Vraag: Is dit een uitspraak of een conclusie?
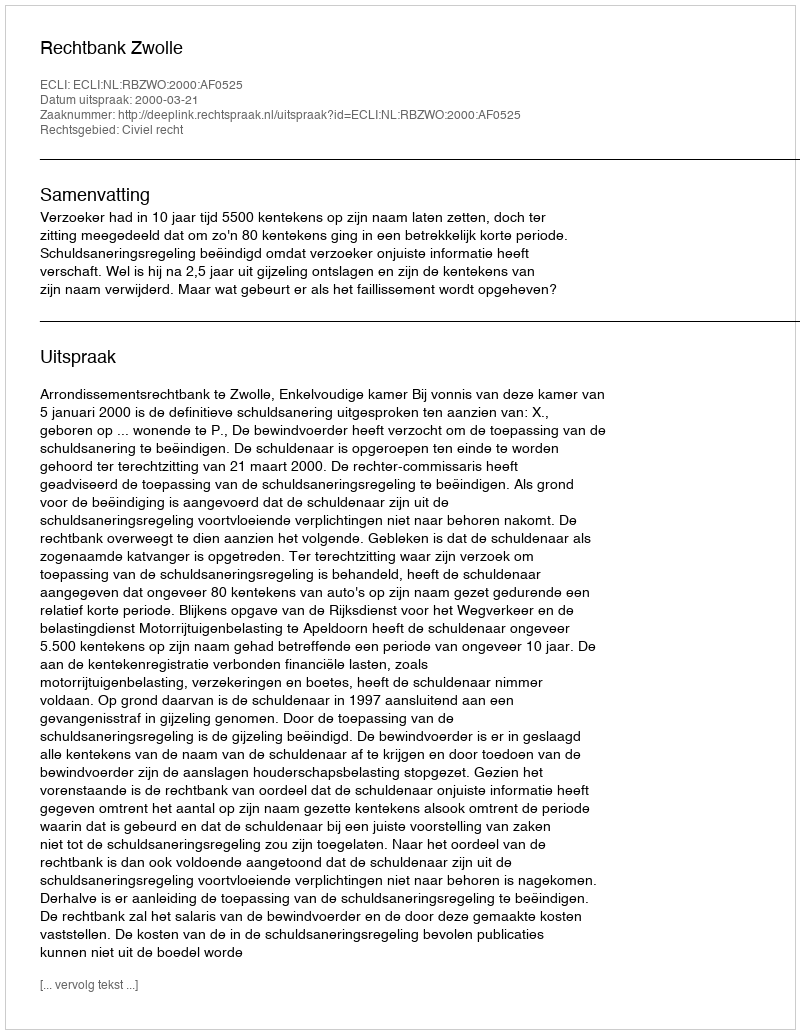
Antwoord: Uitspraak